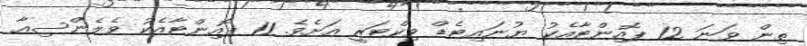
ތިން ވަނަ 12 ޕޮއިންޓާއެކު ޔުނައިޓެޑް ވިކްޓަރީ އަށެވެ. 11 ޕޮއިންޓާއެކު ވެލެންސިއާ